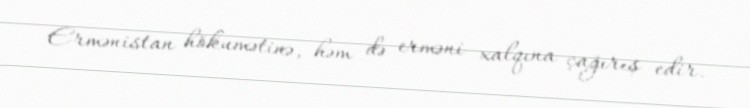
Ermənistan hökumətinə, həm də erməni xalqına çağırış edir.